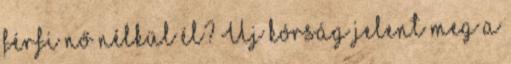
férfi nő nélkül él? Új kórság jelent meg a